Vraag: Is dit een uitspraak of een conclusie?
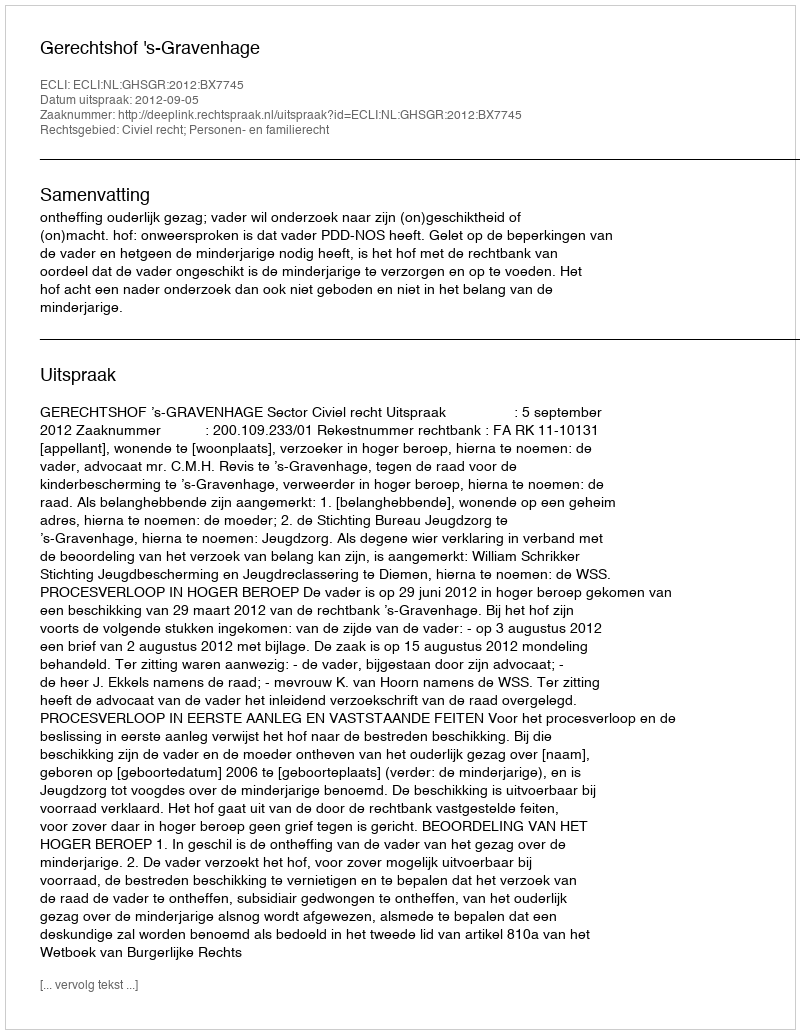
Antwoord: Uitspraak